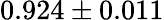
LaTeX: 0.924\pm 0.011